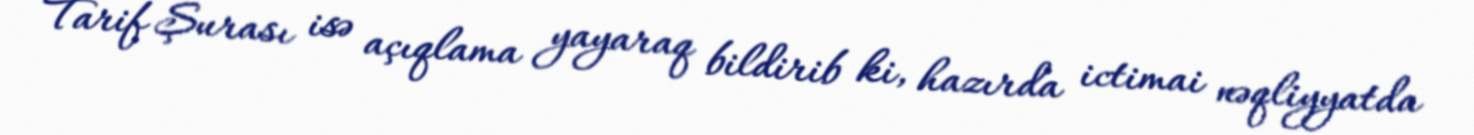
Tarif Şurası isə açıqlama yayaraq bildirib ki, hazırda ictimai nəqliyyatda